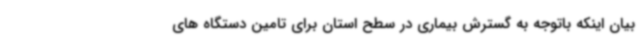
بیان اینکه باتوجه به گسترش بیماری در سطح استان برای تامین دستگاه های